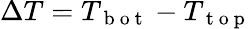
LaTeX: \Delta T=T_{\mathrm{~b~o~t~}}-T_{\mathrm{~t~o~p~}}